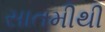
સાતમીથી